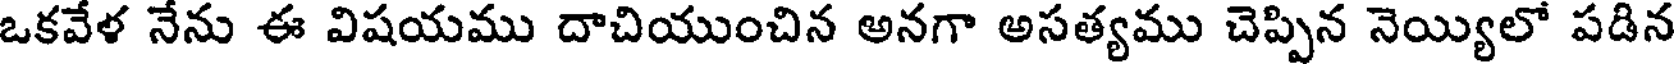
ఒకవేళ నేను ఈ విషయము దాచియుంచిన అనగా అసత్యము చెప్పిన నెయ్యిలో పడిన